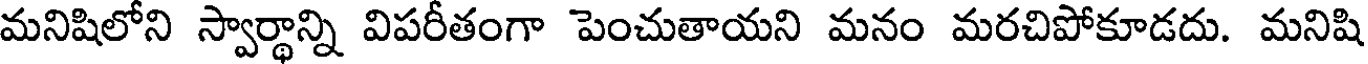
మనిషిలోని స్వార్థాన్ని విపరీతంగా పెంచుతాయని మనం మరచిపోకూడదు. మనిషి